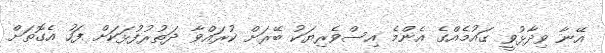
އޭނާ ވިދާޅުވީ ގައުމެއްގެ އެންމެ އިސްވެރިޔަކު ބޭރަށް ކުރައްވާ ދަތުރުފުޅަކަށް ފަހު އެގޮތަށް